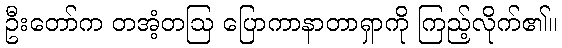
ဦးတော်က တအံ့တဩ ပြောကာနာတာရှာကို ကြည့်လိုက်၏။